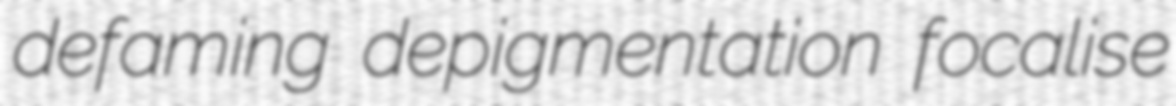
defaming depigmentation focalise